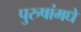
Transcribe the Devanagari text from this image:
पुरुषांमधे